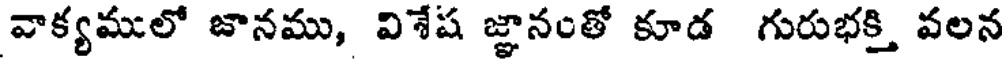
వాక్యములో జానము, విశేష జ్ఞానంతో కూడ గురుభక్తి వలన